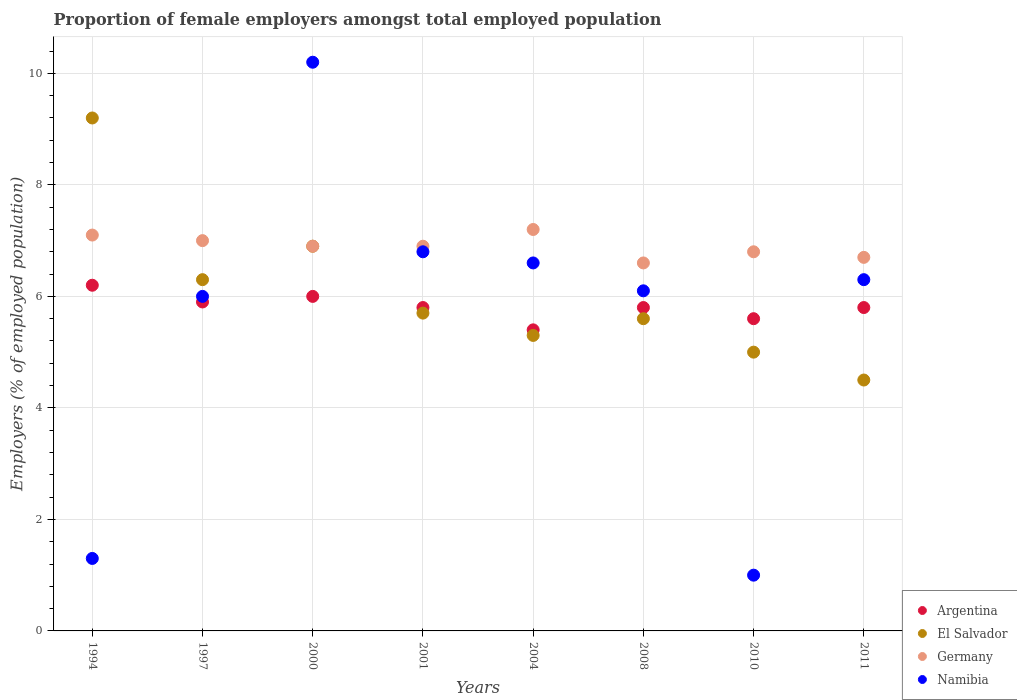
| Years | Argentina | El Salvador | Germany | Namibia |
 | --- | --- | --- | --- | --- |
 | 1994 | 6.2 | 9.2 | 7.1 | 1.3 |
 | 1997 | 5.9 | 6.3 | 7 | 6 |
 | 2000 | 6 | 6.9 | 6.9 | 10.2 |
 | 2001 | 5.8 | 5.7 | 6.9 | 6.8 |
 | 2004 | 5.4 | 5.3 | 7.2 | 6.6 |
 | 2008 | 5.8 | 5.6 | 6.6 | 6.1 |
 | 2010 | 5.6 | 5 | 6.8 | 1 |
 | 2011 | 5.8 | 4.5 | 6.7 | 6.3 |